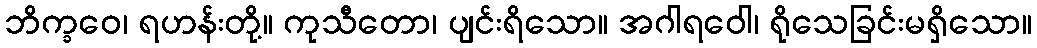
ဘိက္ခဝေ၊ ရဟန်းတို့။ ကုသီတော၊ ပျင်းရိသော။ အဂါရဝေါ၊ ရိုသေခြင်းမရှိသော။